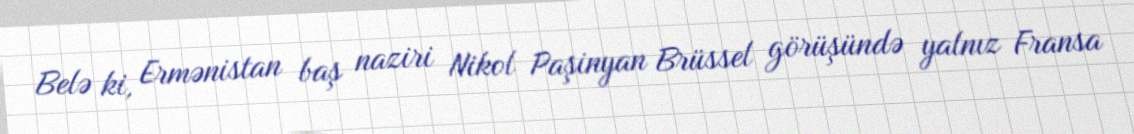
Belə ki, Ermənistan baş naziri Nikol Paşinyan Brüssel görüşündə yalnız Fransa